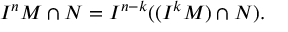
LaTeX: I ^ { n } M \cap N = I ^ { n - k } ( ( I ^ { k } M ) \cap N ) .